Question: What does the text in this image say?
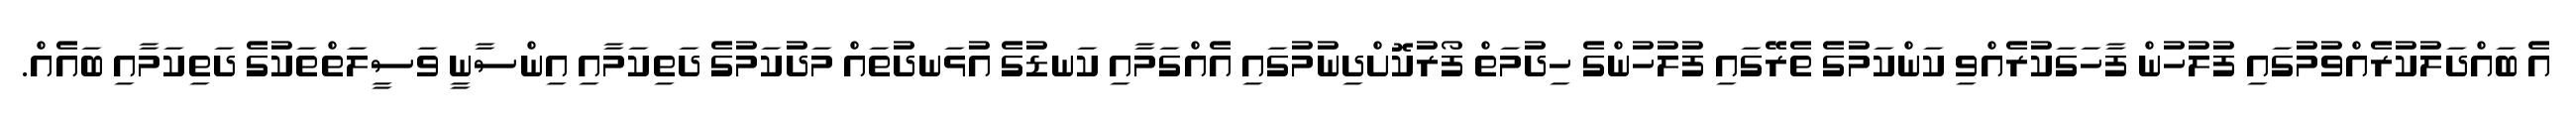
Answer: އެ ބައްދަލުކުރެއްވުމުގައި ފުލުހުން ފާހަގަކުރެއްވި ކަންކަމުގެ ތެރޭގައި ފުލުހުންގެ ހިދުމަތް ފޯރުކޮށްދިނުމުގައި އެއްގަމާއި ކަނޑުގެ އުޅަނދުތައް މަދުކަމުގެ ދަތިކަމާއި އިންސާނީ ވަސީލަތްތަކުގެ ދަތިކަމާއި ބައެއް.